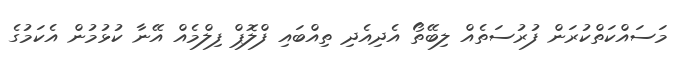
މަސައްކަތްކުރަން ފުރުސަތެއް ލިބޭތޯ އެދިއެދި ތިއްބައި ފްލޮޕް ފިލްމެއް އޭނާ ކުޅުމުން އެކަމުގެ